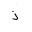
Letter: _thal